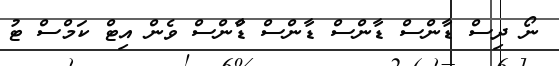
ނޯ ދިސް ޑާންސް ޑާންސް ޑާންސް ޑާްންސް ވެން އިޓް ކަމްސް ޓު